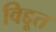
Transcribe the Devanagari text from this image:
विद्दूत